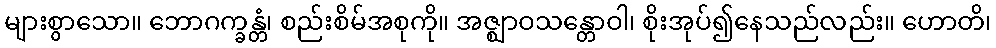
များစွာသော။ ဘောဂက္ခန္တံ၊ စည်းစိမ်အစုကို။ အဇ္ဈာဝသန္တောဝါ၊ စိုးအုပ်၍နေသည်လည်း။ ဟောတိ၊